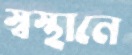
স্বস্থানে